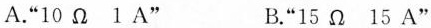
A”10Ω1A” B.”15Ω15A”